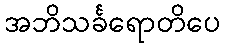
အဘိသင်္ခရောတိပေ